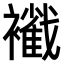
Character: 𧞩